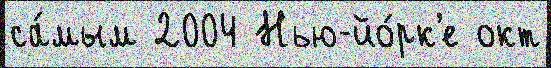
са́мым 2004 Нью-йо́рк'е окт